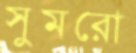
সুমরো